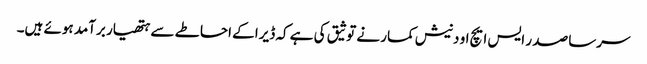
سرسا صد ر ایس ایچ او دنیش کمار نے توثیق کی ہے کہ ڈیرا کے احاطے سے ہتھیار برآمد ہوئے ہیں۔